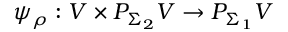
\psi _ { \rho } : V \times P _ { \Sigma _ { 2 } } V \to P _ { \Sigma _ { 1 } } V